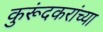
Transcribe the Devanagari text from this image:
कुरूंदकरांच्या